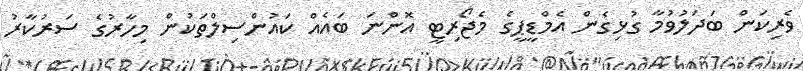
ވެރިކަން ބަދަލުވުމާ ގުޅިގެން އެމްޑީޕީގެ މެޖޯރިޓީ އޮންނަ ބައެއް ކައުންސިލްތަކުން މިހާރުގެ ސަރުކާރު